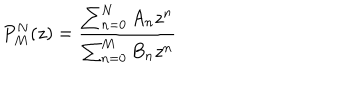
P _ { M } ^ { N } ( z ) = \frac { \sum _ { n = 0 } ^ { N } A _ { n } z ^ { n } } { \sum _ { n = 0 } ^ { M } B _ { n } z ^ { n } }